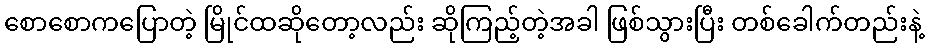
စောစောကပြောတဲ့ မြိုင်ထဆိုတော့လည်း ဆိုကြည့်တဲ့အခါ ဖြစ်သွားပြီး တစ်ခေါက်တည်းနဲ့